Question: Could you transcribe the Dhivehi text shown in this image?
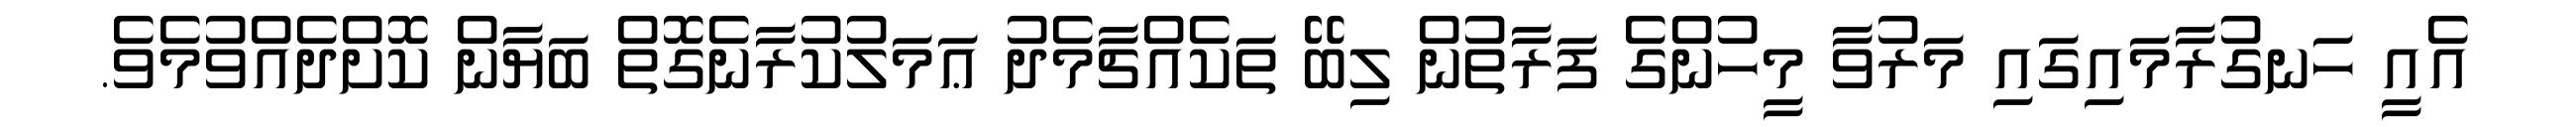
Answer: އެއީ ހަނގުރާމައިގައި މަރުވާ މީހުންގެ ފަރާތުން ލިބޭ ތަކެއްޗާމެދު ޢަމަލުކުރާނެގޮތް ބަޔާން ކޮށްދެއްވުމެވެ.